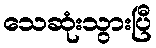
သေဆုံးသွားပြီ